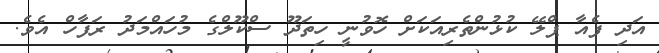
އަދި ފެއާ ޕްލޭ ކުޅުންތެރިއަކަށް ހޮވުނީ ހިތަދޫ ސްކޫލްގެ މުހައްމަދު ރަފާހް އެވެ.